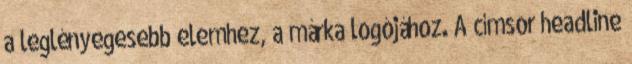
a leglényegesebb elemhez, a márka logójához. A címsor headline